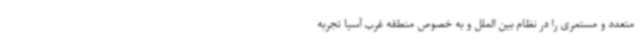
متعدد و مستمری را در نظام بین الملل و به خصوص منطقه غرب آسیا تجربه